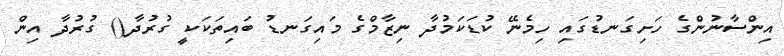
އިންސާނުންގެ ހަށިގަނޑުގައި ހިމެނޭ ކުޑަކަމުދާ ނިޒާމްގެ މައިގަނޑު ބައިތަކަކީ ގުރުދާ() ގުރުދާ އިން